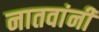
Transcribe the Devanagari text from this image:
नातवांनी